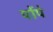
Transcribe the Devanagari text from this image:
पोंपे